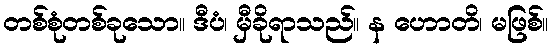
တစ်စုံတစ်ခုသော။ ဒီပံ၊ မှီခိုရာသည်။ န ဟောတိ၊ မဖြစ်။